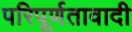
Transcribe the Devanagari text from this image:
परिपूर्णतावादी